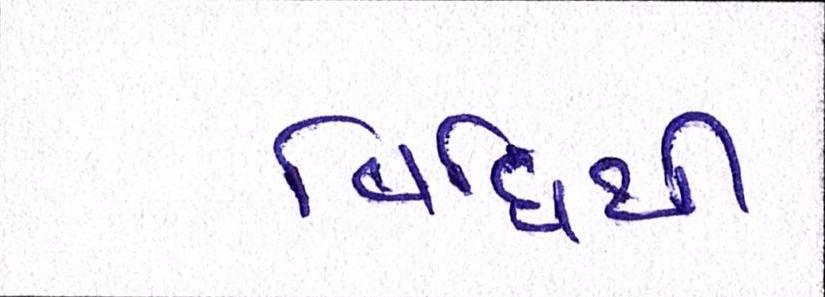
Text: વિધિથી